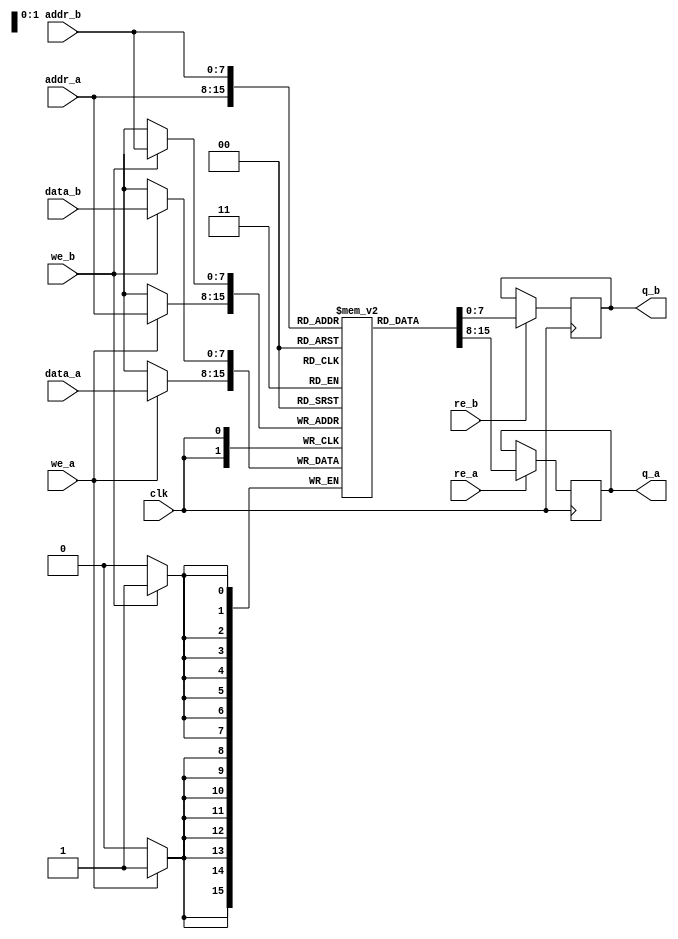
module dual_port_sram #(
    parameter ADDR_WIDTH = 8,   // Number of address bits
    parameter DATA_WIDTH = 8,   // Data width in bits
    parameter DEPTH = 1 << ADDR_WIDTH // Memory depth
) (
    input wire clk,              // Clock signal
    
    // Port A signals
    input wire [ADDR_WIDTH-1:0] addr_a, // Address for Port A
    input wire [DATA_WIDTH-1:0] data_a, // Data for Port A
    input wire we_a,             // Write Enable for Port A
    input wire re_a,             // Read Enable for Port A
    output reg [DATA_WIDTH-1:0] q_a, // Output data for Port A
    
    // Port B signals
    input wire [ADDR_WIDTH-1:0] addr_b, // Address for Port B
    input wire [DATA_WIDTH-1:0] data_b, // Data for Port B
    input wire we_b,             // Write Enable for Port B
    input wire re_b,             // Read Enable for Port B
    output reg [DATA_WIDTH-1:0] q_b  // Output data for Port B
);

    // Memory array
    reg [DATA_WIDTH-1:0] mem [0:DEPTH-1];

    // Port A operations
    always @(posedge clk) begin
        if (we_a) begin
            mem[addr_a] <= data_a; // Write data to memory
        end
        if (re_a) begin
            q_a <= mem[addr_a]; // Read data from memory
        end
    end

    // Port B operations
    always @(posedge clk) begin
        if (we_b) begin
            mem[addr_b] <= data_b; // Write data to memory
        end
        if (re_b) begin
            q_b <= mem[addr_b]; // Read data from memory
        end
    end

endmodule